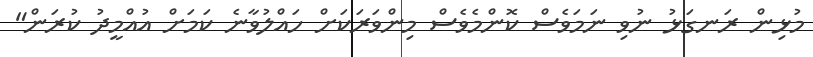
މުޅިން ރަނގަޅު ނުވި ނަމަވެސް ކޮންމެވެސް މިންވަރަކަށް ހައްލުވާނެ ކަމަށް އުއްމީދު ކުރަން"